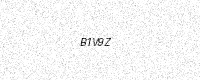
Text: B1V9Z